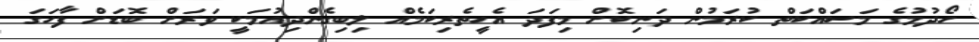
ހޯދުމުގެ މަސައްކަތް ކުރަމުން ދަނިކޮށް މިފަދަ އެހީތެރިކަމެއް ލިބިގެންދިއުމަކީ ވަރަށް ބޮޑަށް ފާހަގަ